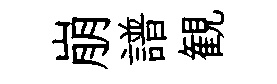
崩譜観